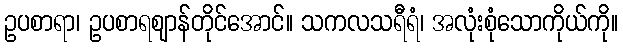
ဥပစာရာ၊ ဥပစာရဈာန်တိုင်အောင်။ သကလသရီရံ၊ အလုံးစုံသောကိုယ်ကို။